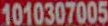
1010307005